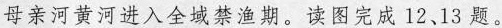
母亲河黄河进入全域禁渔期。读图完成12、13题。